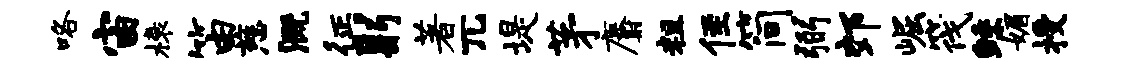
咯宙榱笛慈溉征躬著兀堤茅麝粗侄简弼郊崛筏鲧媚授